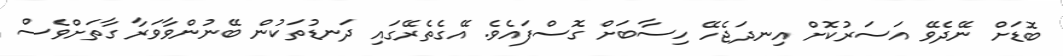
ބޮޑަށް ނޭދެވޭ އަސަރުކޮށް އިނދަޖެހޭ ހިސާބަށް ގޮސްފައެވެ. އޭގެތެރޭގައި ދަނޑުތަކުން ބޭނުންވާވަރާ ގާތަށްވެސް